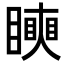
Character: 𥋢